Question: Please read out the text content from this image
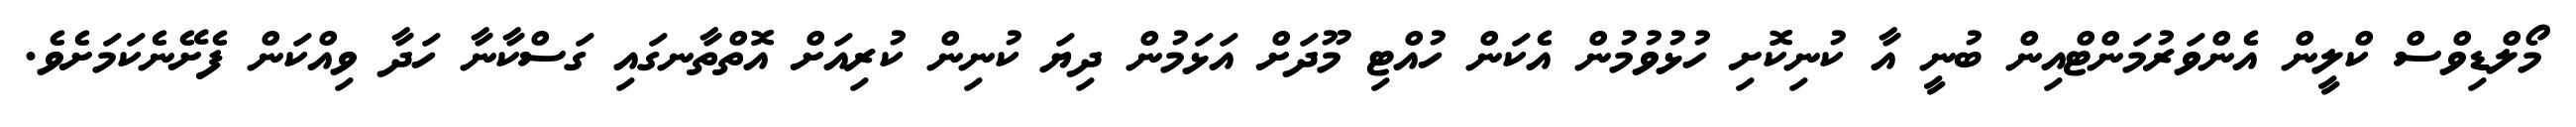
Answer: މޯލްޑިވްސް ކްލީން އެންވަރުމަންޓްއިން ބުނީ އާ ކުނިކޮށި ހުޅުވުމުން އެކަން ހުއްޓި މޫދަށް އަޅަމުން ދިޔަ ކުނިން ކުރިއަށް އޮތްތާނގައި ގަސްކާނާ ހަދާ ވިއްކަން ފެށޭނެކަމަށެވެ.